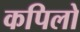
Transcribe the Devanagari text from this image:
कपिलो